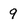
Character: 9